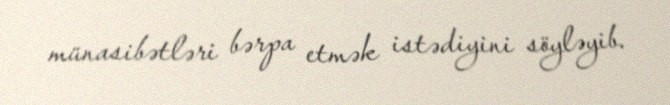
münasibətləri bərpa etmək istədiyini söyləyib.